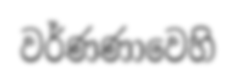
වර්ණණාවෙහි